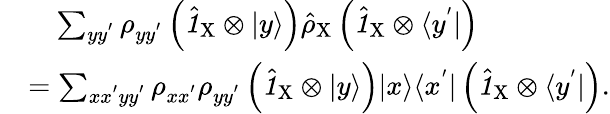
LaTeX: \begin{array}{rl}&{\quad\sum_{yy^{'}}\rho_{yy^{'}}\left(\hat{\textbf{\textit{1}}\, }_{\! \mathrm{X}}\otimes|y\rangle\right)\hat{\rho}_{\mathrm{X}}\left(\hat{\textbf{\textit{1}}\, }_{\! \mathrm{X}}\otimes\langle y^{'}|\right)}\\ &{=\sum_{xx^{'}yy^{'}}\rho_{xx^{'}}\rho_{yy^{'}}\left(\hat{\textbf{\textit{1}}\, }_{\! \mathrm{X}}\otimes|y\rangle\right)|x\rangle\langle x^{'}|\left(\hat{\textbf{\textit{1}}\, }_{\! \mathrm{X}}\otimes\langle y^{'}|\right).}\end{array}